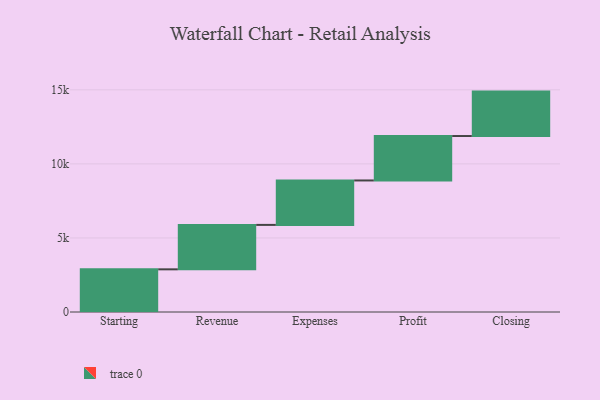
{"axis": {"x": "Step", "y": "Value"}, "legend": [""], "data": [{"x": "Starting", "y": 2881.0, "type": ""}, {"x": "Revenue", "y": 3000, "type": ""}, {"x": "Expenses", "y": 3000, "type": ""}, {"x": "Profit", "y": 3000, "type": ""}, {"x": "Closing", "y": 3000, "type": ""}]}